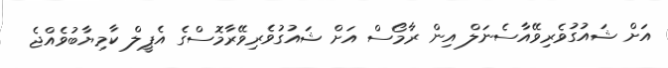
އަށް ޝައުގުވެރިވޭއާސެނަލް އިން ރާމޯސް އަށް ޝައުގުވެރިވޭރާމޮސްގެ އެޕީލް ކާމިޔާބުވެއްޖެ